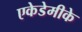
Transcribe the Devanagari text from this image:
एकेडेमीके